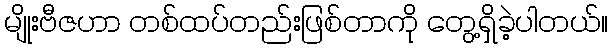
မျိုးဗီဇဟာ တစ်ထပ်တည်းဖြစ်တာကို တွေ့ရှိခဲ့ပါတယ်။